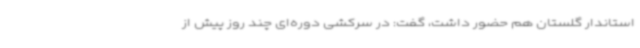
استاندار گلستان هم حضور داشت، گفت: در سرکشی دوره‌ای چند روز پیش از